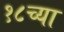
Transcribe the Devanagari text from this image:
१८च्या